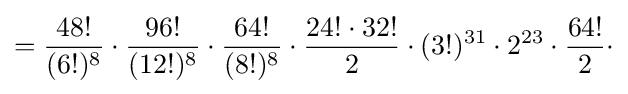
={\frac {48!}{(6!)^{8}}}\cdot {\frac {96!}{(12!)^{8}}}\cdot {\frac {64!}{(8!)^{8}}}\cdot {\frac {24!\cdot 32!}{2}}\cdot (3!)^{31}\cdot 2^{23}\cdot {\frac {64!}{2}}\cdot